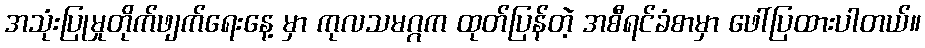
အသုံးပြုမှုတိုက်ဖျက်ရေးနေ့ မှာ ကုလသမဂ္ဂက ထုတ်ပြန်တဲ့ အစီရင်ခံစာမှာ ဖေါ်ပြထားပါတယ်။